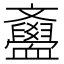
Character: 𣁫